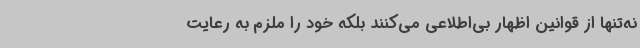
نه‌تنها از قوانین اظهار بی‌اطلاعی می‌کنند بلکه خود را ملزم به رعایت